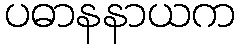
ပဓာနနာယက